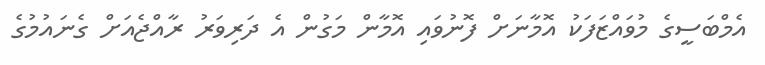
އެމްބަސީގެ މުވައްޒަފަކު އޮމާނަށް ފޮނުވައި އޮމާން މަގުން އެ ދަރިވަރު ރާއްޖެއަށް ގެނައުމުގެ